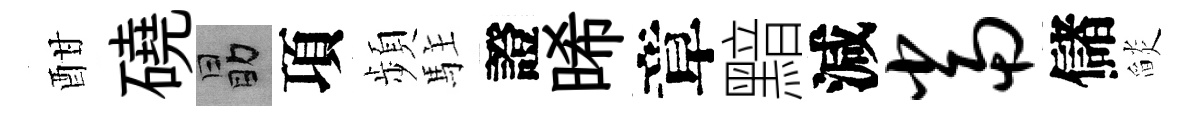
酣磽勗項頻駐證晞章黯減当儲𦦨